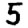
Digit: 5